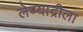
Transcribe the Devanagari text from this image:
लेण्याद्रीला